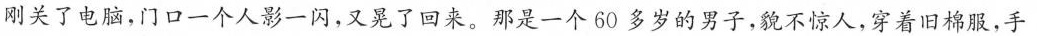
刚关了电脑，门口一个人影一闪，又晃了回来。那是一个60多岁的男子，貌不惊人，穿着旧棉服，手